Civil Veterinary Dept. Assam report 1927-50 - 1927-1950
Year: 1927
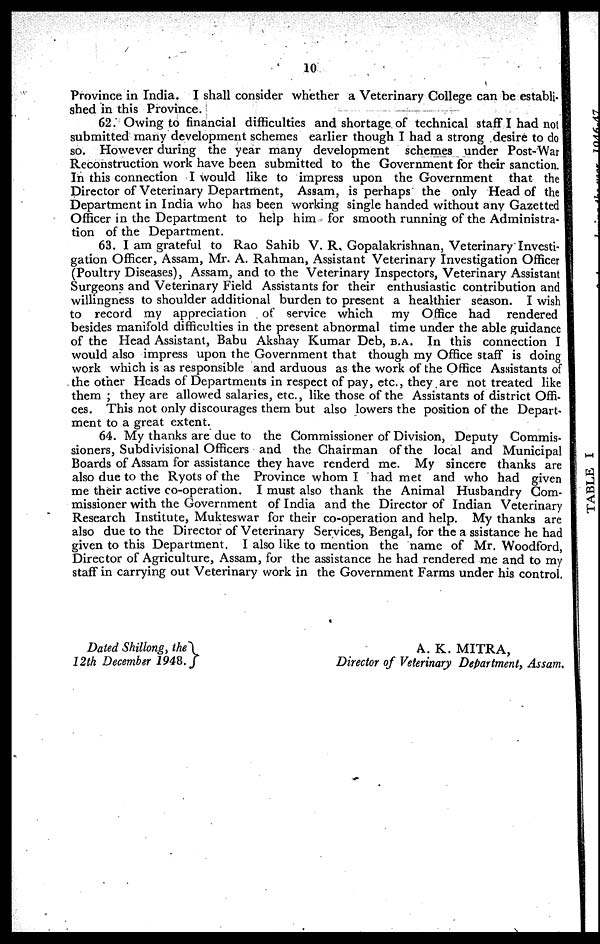
10
Province in India. I shall consider whether a Veterinary College can be establi-
shed in this Province.
62. Owing to financial difficulties and shortage of technical staff I had not
submitted many development schemes earlier though I had a strong desire to do
so. However during the year many development schemes under Post-War
Reconstruction work have been submitted to the Government for their sanction.
In this connection I would like to impress upon the Government that the
Director of Veterinary Department, Assam, is perhaps the only Head of the
Department in India who has been working single handed without any Gazetted
Officer in the Department to help him for smooth running of the Administra-
tion of the Department.
63. I am grateful to Rao Sahib V. R. Gopalakrishnan, Veterinary Investi-
gation Officer, Assam, Mr. A. Rahman, Assistant Veterinary Investigation Officer
(Poultry Diseases), Assam, and to the Veterinary Inspectors, Veterinary Assistant
Surgeons and Veterinary Field Assistants for their enthusiastic contribution and
willingness to shoulder additional burden to present a healthier season. I wish
to record my appreciation of service which
my Office had rendered
besides manifold difficulties in the present abnormal time under the able guidance
of the Head Assistant, Babu Akshay Kumar Deb, B.A. In this connection I
would also impress upon the Government that though my Office staff is doing
work which is as responsible and arduous as the work of the Office Assistants of
the other Heads of Departments in respect of pay, etc., they are not treated like
them; they are allowed salaries, etc., like those of the Assistants of district Offi-
ces. This not only discourages them but also lowers the position of the Depart-
ment to a great extent.
64. My thanks are due to the Commissioner of Division, Deputy Commis-
sioners, Subdivisional Officers and the Chairman of the local and Municipal
Boards of Assam for assistance they have renderd me. My sincere thanks are
also due to the Ryots of the Province whom I had met and who had given
me their active co-operation. I must also thank the Animal Husbandry Com-
missioner with the Government of India and the Director of Indian Veterinary
Research Institute, Mukteswar for their co-operation and help. My thanks are
also due to the Director of Veterinary Services, Bengal, for the assistance he had
given to this Department. I also like to mention the name of Mr. Woodford,
Director of Agriculture, Assam, for the assistance he had rendered me and to my
staff in carrying out Veterinary work in the Government Farms under his control.
Dated Shillong, the
12th December 1948.
A. K. MITRA,
Director of Veterinary Department, Assam.